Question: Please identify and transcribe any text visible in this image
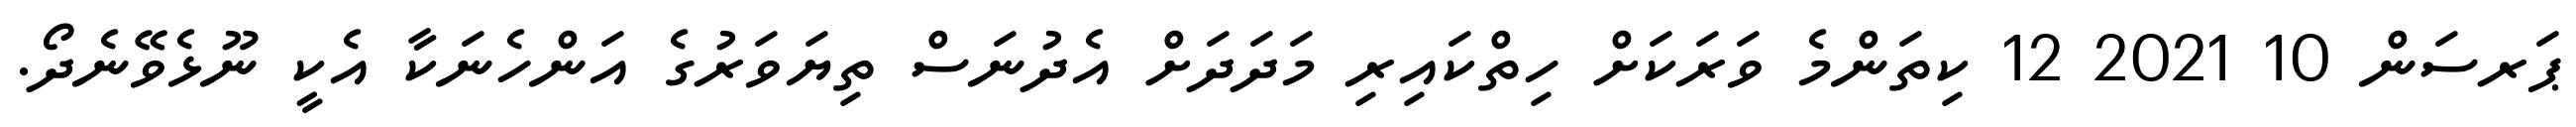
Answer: ޕަރސަން 10 2021 12 ކިތަންމެ ވަރަކަށް ހިތްކައިރި މަދަދަށް އެދުނަސް ތިޔަވަރުގެ އަންހެނަކާ އެކީ ނޫޅެވޭނެދޯ.